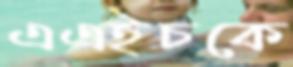
এএইচকে